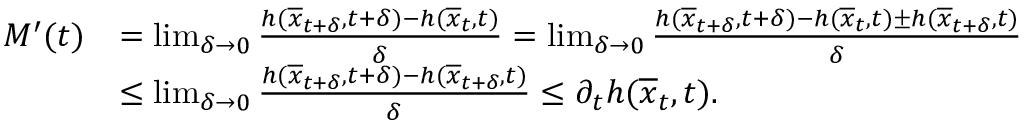
\begin{array} { r l } { M ^ { \prime } ( t ) } & { = \operatorname* { l i m } _ { \delta \rightarrow 0 } \frac { h ( \overline { { x } } _ { t + \delta } , t + \delta ) - h ( \overline { { x } } _ { t } , t ) } { \delta } = \operatorname* { l i m } _ { \delta \rightarrow 0 } \frac { h ( \overline { { x } } _ { t + \delta } , t + \delta ) - h ( \overline { { x } } _ { t } , t ) \pm h ( \overline { { x } } _ { t + \delta } , t ) } { \delta } } \\ & { \leq \operatorname* { l i m } _ { \delta \rightarrow 0 } \frac { h ( \overline { { x } } _ { t + \delta } , t + \delta ) - h ( \overline { { x } } _ { t + \delta } , t ) } { \delta } \leq \partial _ { t } h ( \overline { { x } } _ { t } , t ) . } \end{array}